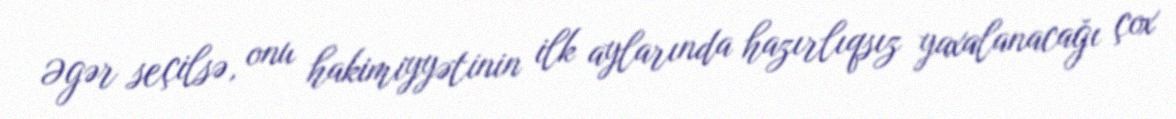
Əgər seçilsə, onu hakimiyyətinin ilk aylarında hazırlıqsız yaxalanacağı çox